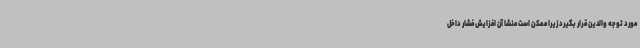
مورد توجه والدین قرار بگیرد زیرا ممکن است منشا آن افزایش فشار داخل